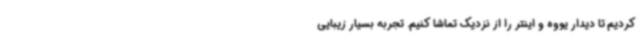
کردیم تا دیدار یووه و اینتر را از نزدیک تماشا کنیم. تجربه بسیار زیبایی